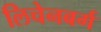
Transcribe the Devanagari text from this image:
लिचेनबर्ग